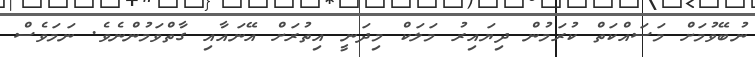
ނުބޭވުމަށް މަސައްކަތް ކުރަމުން ދިޔައިރު މަލަކް މިދަނީ އިތުރަށް އޭނައާއި ގާތްވަމުންނެވެ. ނަމަވެސް